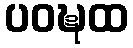
ပဝဍ္ဎထ